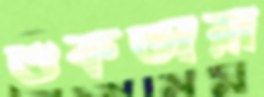
শুকতারা